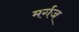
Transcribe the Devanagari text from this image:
मर्गज